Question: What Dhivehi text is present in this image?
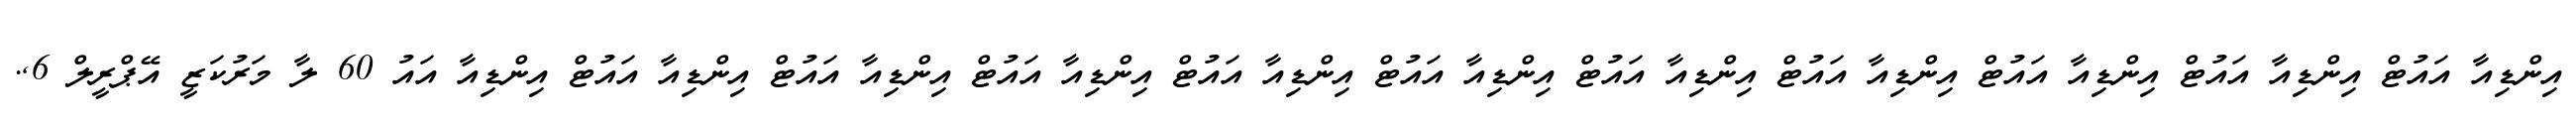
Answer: އިންޑިއާ އައުޓް އިންޑިއާ އައުޓް އިންޑިއާ އައުޓް އިންޑިއާ އައުޓް އިންޑިއާ އައުޓް އިންޑިއާ އައުޓް އިންޑިއާ އައުޓް އިންޑިއާ އައުޓް އިންޑިއާ އައުޓް އިންޑިއާ އައުޓް އިންޑިއާ އައު 60 ލާ މަރުކަޒީ އޭޕްރީލް 6,.